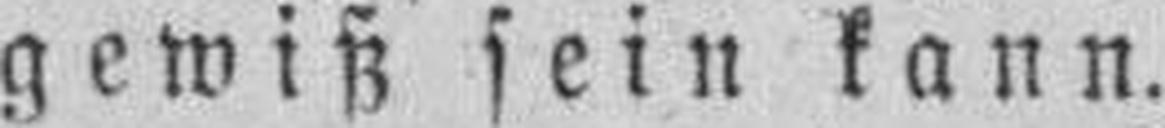
gewiß sein kann.